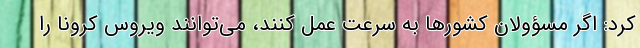
کرد: اگر مسؤولان کشورها به سرعت عمل کنند، می‌توانند ویروس کرونا را